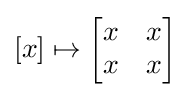
[x]\mapsto {\begin{bmatrix}x&x\\x&x\end{bmatrix}}